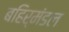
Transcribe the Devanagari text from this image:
बहिर्मंडल